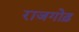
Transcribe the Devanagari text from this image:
राजगोढ़